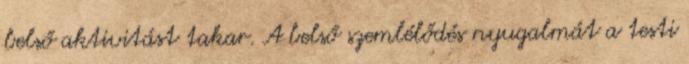
belső aktivitást takar. A belső szemlélődés nyugalmát a testi